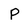
Character: P